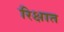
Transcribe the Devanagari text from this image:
रिक्षात